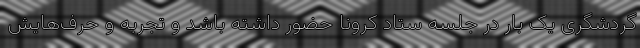
گردشگری یک بار در جلسه ستاد کرونا حضور داشته باشد و تجربه و حرف‌هایش